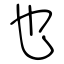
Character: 也